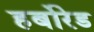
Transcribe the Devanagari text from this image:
हर्बोरेड